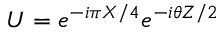
U = e ^ { - i \pi X / 4 } e ^ { - i \theta Z / 2 }